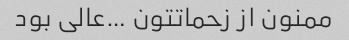
ممنون از زحماتتون …عالی بود